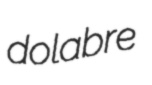
dolabre